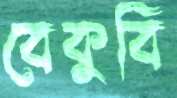
বেকুবি